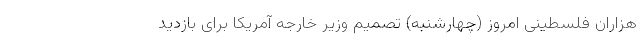
هزاران فلسطینی امروز (چهارشنبه) تصمیم وزیر خارجه آمریکا برای بازدید